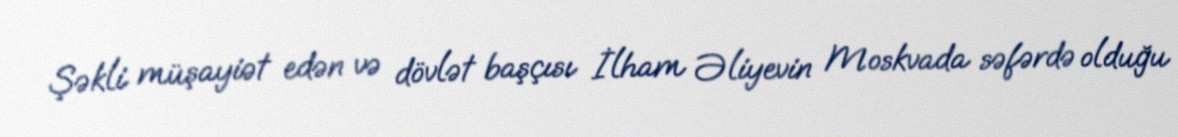
Şəkli müşayiət edən və dövlət başçısı İlham Əliyevin Moskvada səfərdə olduğu